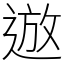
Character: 䢟